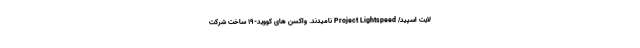
لایت اسپید/ Project Lightspeed نامیدند. واکسن های کووید-۱۹ ساخت شرکت